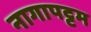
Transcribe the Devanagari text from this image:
नागापट्टम